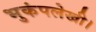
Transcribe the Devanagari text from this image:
भुकंपलेखी।